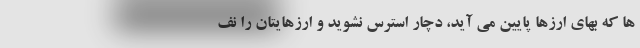
ها که بهای ارزها پایین می آید، دچار استرس نشوید و ارزهایتان را نف